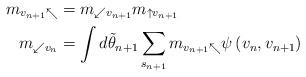
LaTeX: \begin{align*} {m_{{v_{n + 1}} \nwarrow }}&={m_{ \swarrow {v_{n + 1}}}}{m_{ \uparrow {v_{n + 1}}}}\\ {m_{ \swarrow {v_n}}}&=\int d {{\tilde \theta }_{n + 1}}\sum\limits_{{s_{n + 1}}} {{m_{{v_{n + 1}} \nwarrow }}} \psi \left( {{v_n},{v_{n{\rm{ + 1}}}}} \right) \end{align*}